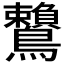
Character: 𪈐